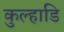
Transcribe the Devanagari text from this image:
कुल्हाडि